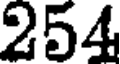
254